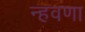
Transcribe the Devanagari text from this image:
न्हवणा